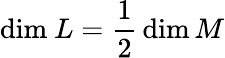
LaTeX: {\mathrm{dim~}}L={\frac{1}{2}}\dim M